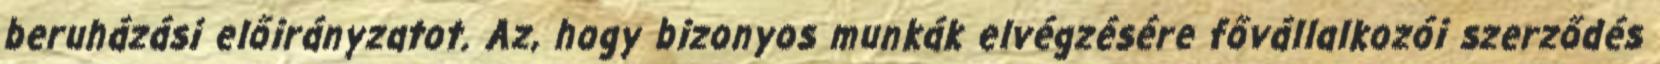
beruházási előirányzatot. Az, hogy bizonyos munkák elvégzésére fővállalkozói szerződés